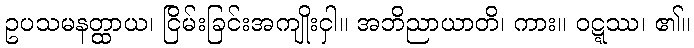
ဥပသမနတ္ထာယ၊ ငြိမ်းခြင်းအကျိုးငှါ။ အဘိညာယာတိ၊ ကား။ ဝဋ္ဋဿ၊ ၏။